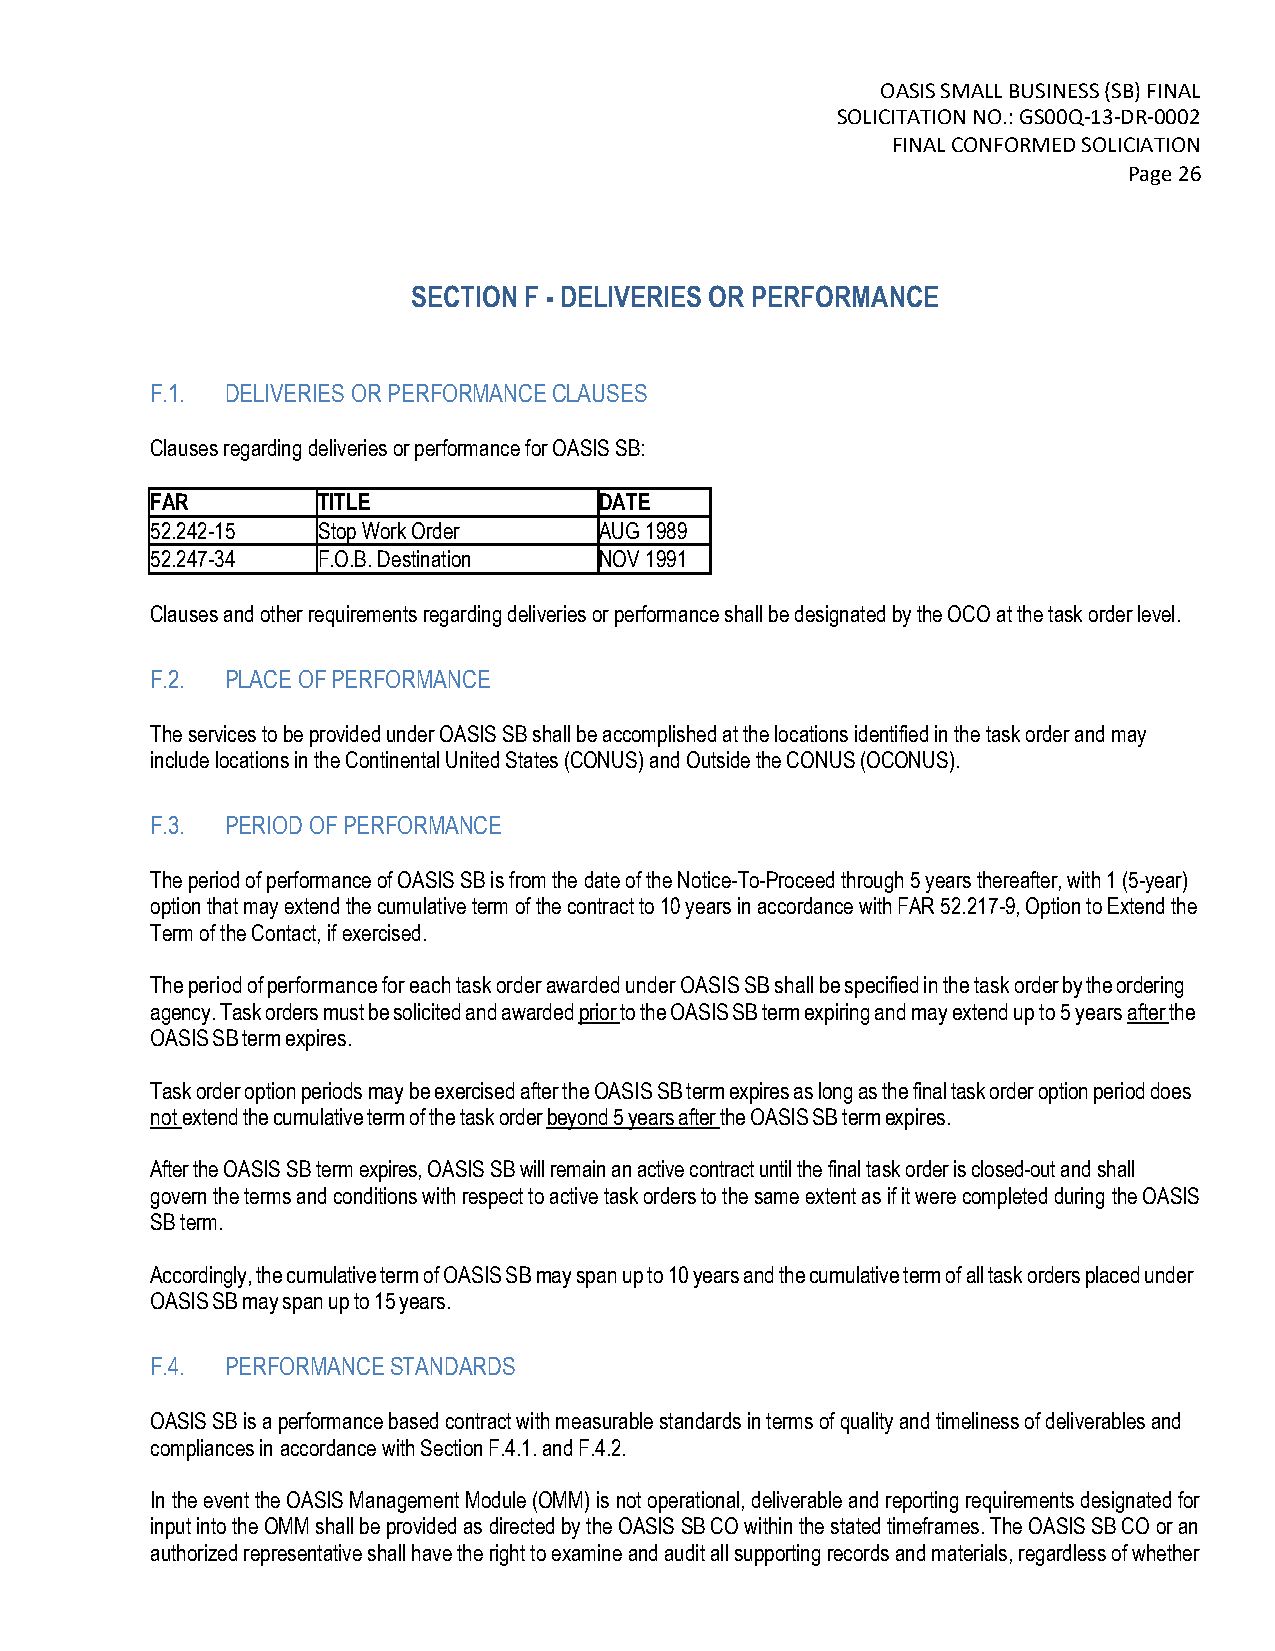
OASIS SMALL BUSINESS (SB) FINAL
 SOLICITATION NO.: GS00Q-13-DR-0002
 FINAL CONFORMED SOLICIATION
 Page 26
 SECTION F - DELIVERIES OR PERFORMANCE
 F.1. DELIVERIES OR PERFORMANCE CLAUSES
 Clauses regarding deliveries or performance for OASIS SB:
 FAR        TITLE              DATE
 52.242-15  Stop Work Order    AUG 1989
 52.247-34  F.O.B. Destination NOV 1991
 Clauses and other requirements regarding deliveries or performance shall be designated by the OCO at the task order level.
 F.2. PLACE OF PERFORMANCE
 The services to be provided under OASIS SB shall be accomplished at the locations identified in the task order and may
 include locations in the Continental United States (CONUS) and Outside the CONUS (OCONUS).
 F.3. PERIOD OF PERFORMANCE
 The period of performance of OASIS SB is from the date of the Notice-To-Proceed through 5 years thereafter, with 1 (5-year)
 option that may extend the cumulative term of the contract to 10 years in accordance with FAR 52.217-9, Option to Extend the
 Term of the Contact, if exercised.
 The period of performance for each task order awarded under OASIS SB shall be specified in the task order by the ordering
 agency. Task orders must be solicited and awarded prior to the OASIS SB term expiring and may extend up to 5 years after the
 OASIS SB term expires.
 Task order option periods may be exercised after the OASIS SB term expires as long as the final task order option period does
 not extend the cumulative term of the task order beyond 5 years after the OASIS SB term expires.
 After the OASIS SB term expires, OASIS SB will remain an active contract until the final task order is closed-out and shall
 govern the terms and conditions with respect to active task orders to the same extent as if it were completed during the OASIS
 SB term.
 Accordingly, the cumulative term of OASIS SB may span up to 10 years and the cumulative term of all task orders placed under
 OASIS SB may span up to 15 years.
 F.4. PERFORMANCE STANDARDS
 OASIS SB is a performance based contract with measurable standards in terms of quality and timeliness of deliverables and
 compliances in accordance with Section F.4.1. and F.4.2.
 In the event the OASIS Management Module (OMM) is not operational, deliverable and reporting requirements designated for
 input into the OMM shall be provided as directed by the OASIS SB CO within the stated timeframes. The OASIS SB CO or an
 authorized representative shall have the right to examine and audit all supporting records and materials, regardless of whether